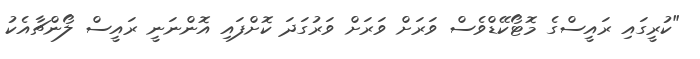
"ކުރީގައި ރައީސްގެ މޮޓޯކޭޑްވެސް ވަރަށް ވަރަށް ވަރުގަދަ ކޮށްފައި އޮންނަނީ ރައީސް ލޯންޗާއެކު